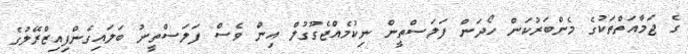
ގެ ޖަމާއަތްތަކުގެ މެންބަރުކަން ހޯދަން ފަލަސްތީން ނިކުމެއްޖެގޫގުލް އިން ވެސް ފަލަސްތީނު ބަލައިގެންފިއިޒްރޭލުގެ